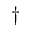
\dagger